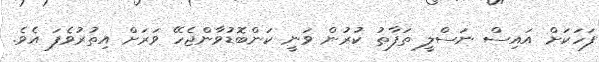
ފަހަކަށް އައިސް ނަސްލީ ތަފާތު ކުރުން ވަނީ ކަންބޮޑުވާންޖެހޭ ވަރަށް އިތުރުވެފަ އެވެ.